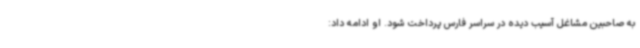
به صاحبین مشاغل آسیب دیده در سراسر فارس پرداخت شود. او ادامه داد: